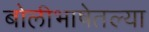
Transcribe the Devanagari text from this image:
बोलीभाषेतल्या